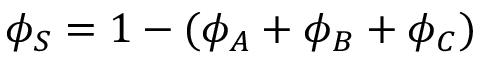
\phi _ { S } = 1 - ( \phi _ { A } + \phi _ { B } + \phi _ { C } )